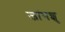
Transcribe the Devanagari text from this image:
जांगशु